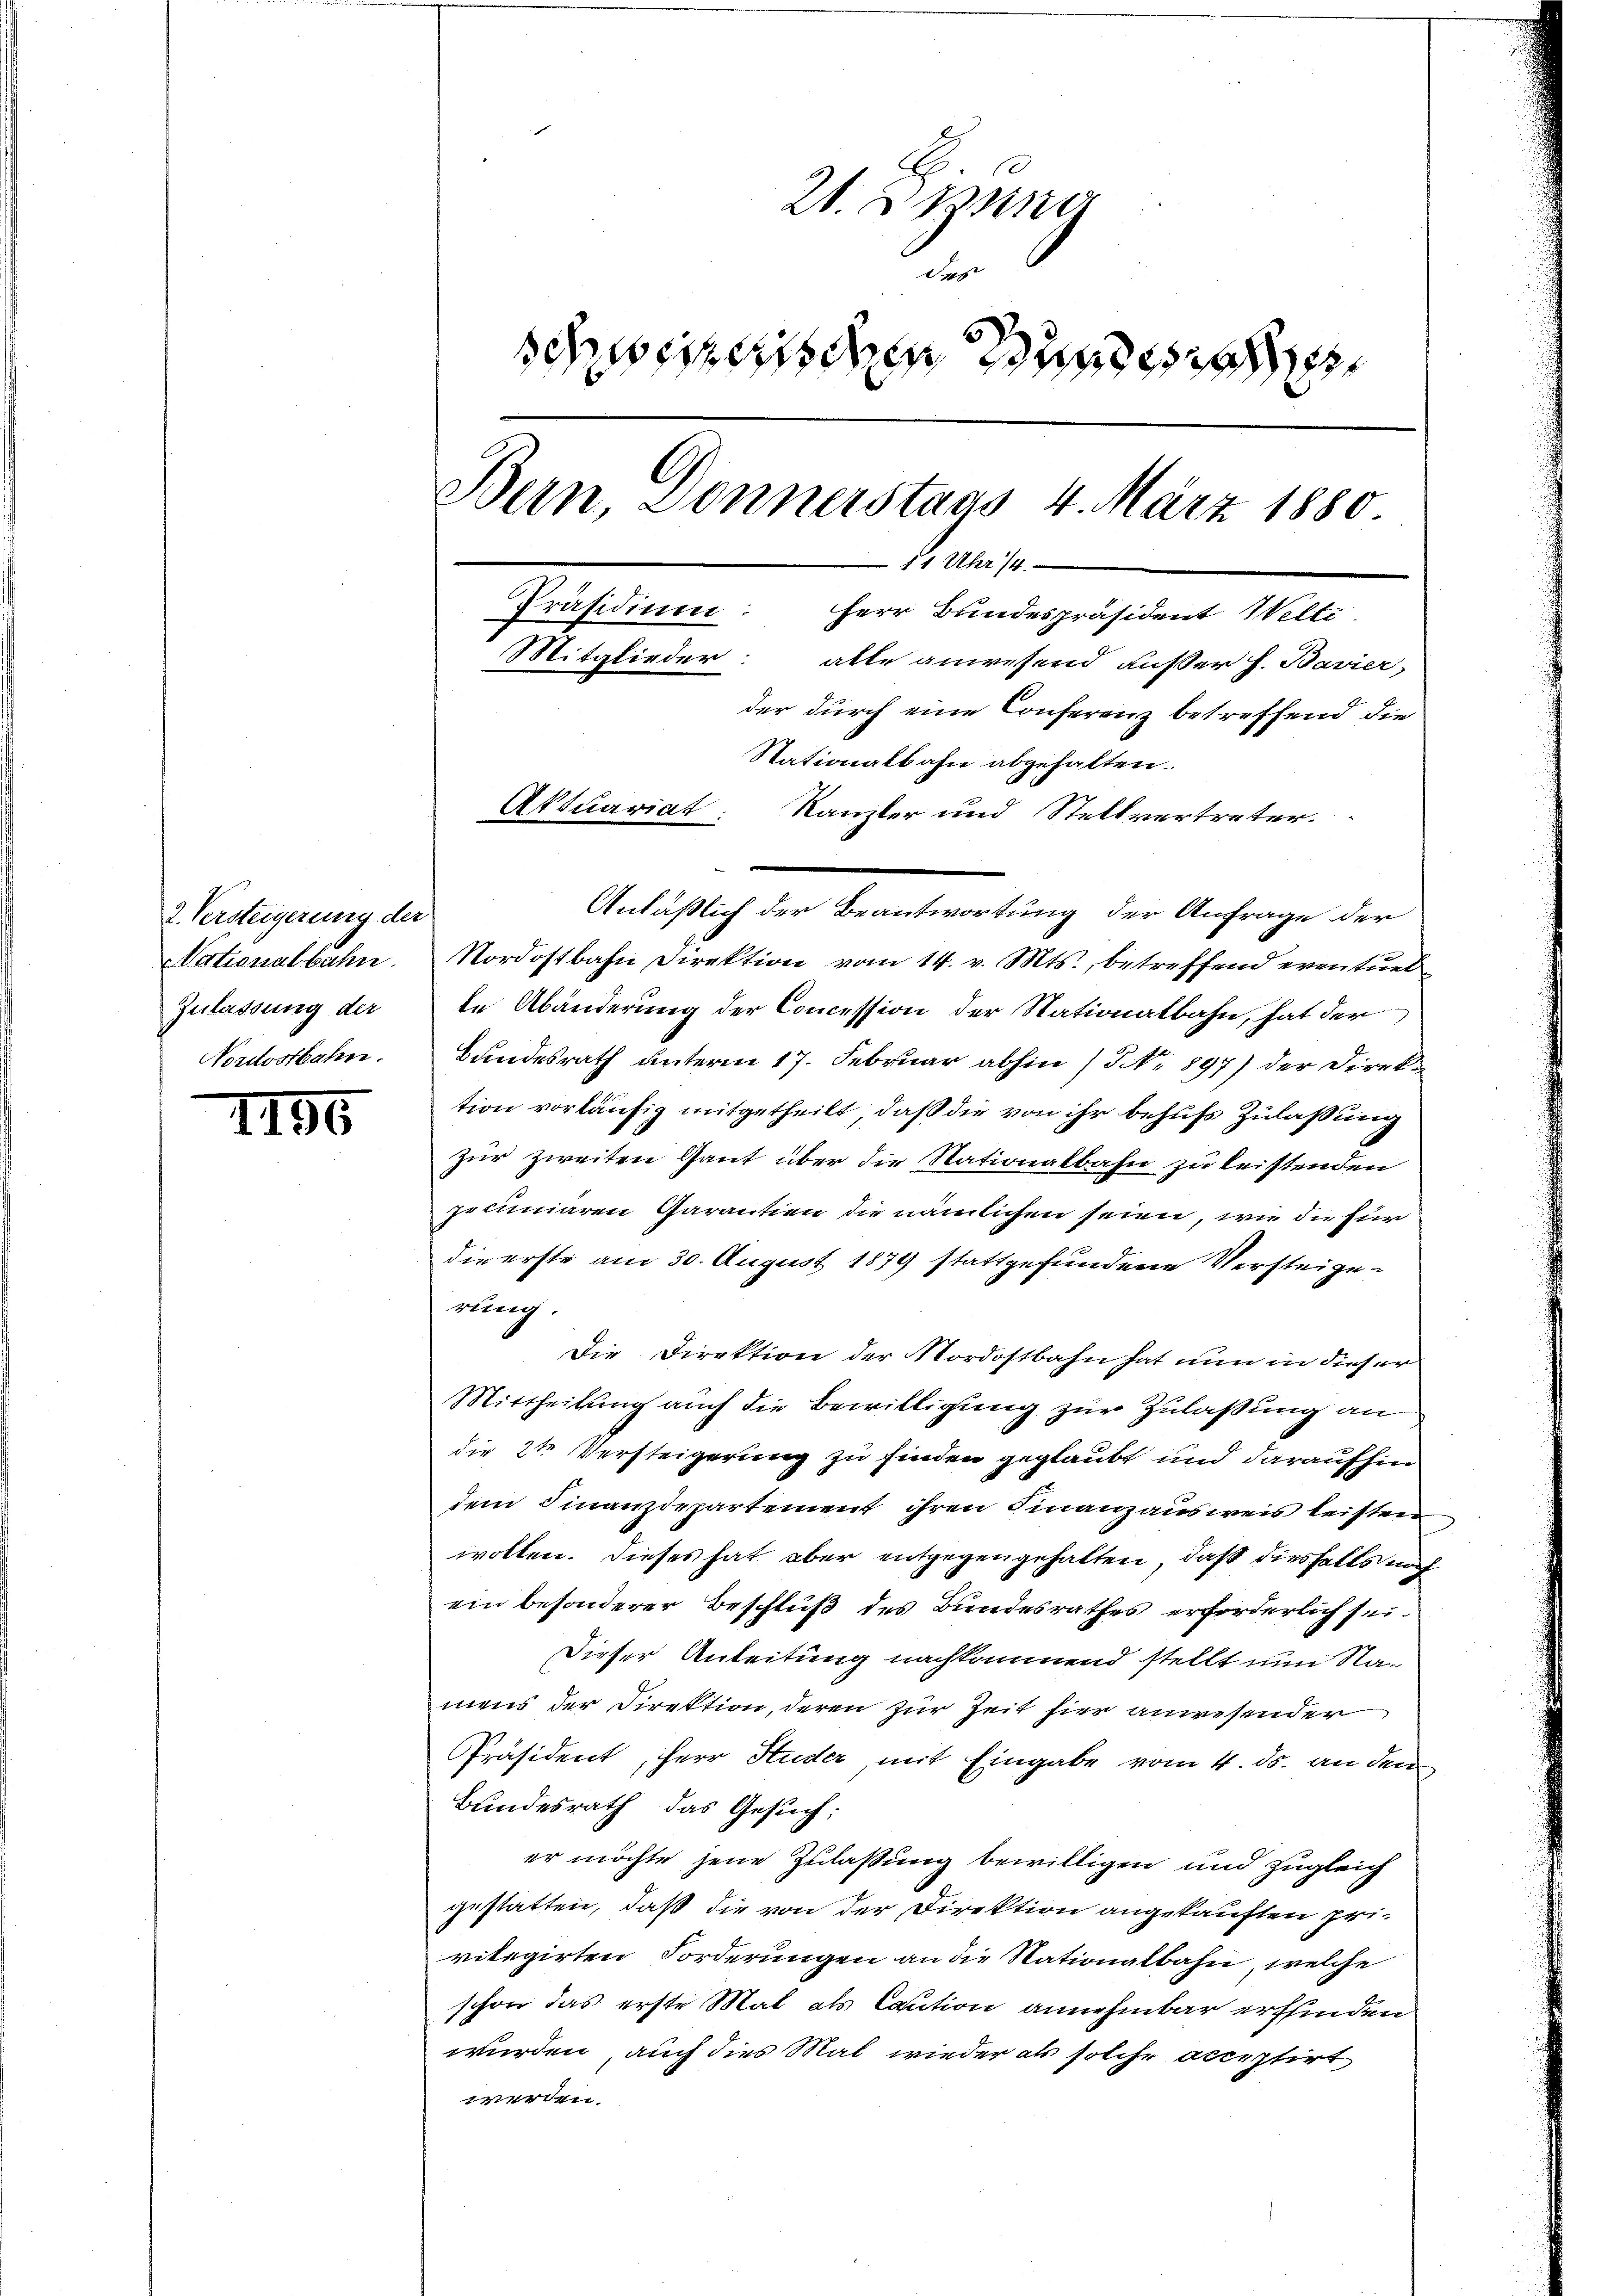
2. Versteigerung der
Nationalbahn.
Zulassung der
Nordostbahn.

II55

21. Jung
des
sches eines den Bundesra
Bern, Donnerstags 4. März 1880.
 11 Uhr 14.
Präsidium: Herr Bundespräsident Welti.
Mitglieder: alle anwesend ausser h. Bavier,
der durch eine Conferenz betreffend die
Stationalbahn abgehalten.
Aktuariat: Kanzler und Stellvertreter.

Anläßlich der Beantwortung der Anfrage der
Nordostbahn Direktion vom 14. v. Mts., betreffend eventuel
te Abänderung der Concession der Stationalbahn, hat der
Bundesrath unterm 17. Februar abhin 13 No 897) der Direktion vorläufig mitgetheilt, daß die von ihr behufs Zulaßung
zur zweiten Gant über die Stationalbahn zu leistenden
pecuniaren Garantien die nämlichen seien, wie die für
die erste am 30. August 1879 stattgefundene Versteigerung.
Die Direktion der Nordostbahn hat nun in dieser
Mittheilung auch die Bewilligung zur Zulaßung an
die 2te Versteigerung zu finden geglaubt und daraufhin
dem Finanzdepartement ihren Finanzausweis leisten
wollen. Dieses hat aber entgegengehalten, daß diesfalls nach
ein besonderer Beschluß des Bundesrathes erforderlich sei.
Dieser Anleitung nachkommend stellt nun Namens der Direktion, deren zur Zeit hier anwesender
Präsident, Herr Studer, mit Eingabe vom 4. ds. an dem
Bundesrath das Gesuch:
er möchte jene Zulassung bewilligen und zugleich
gestatten, daß die von der Direktion angekauften privikegirten Forderungen an die Stationalbahn, welche
schon das erste Mal als Caution annehmbar erfinden
wurden, auch dies Mal wieder als solche acceptirt
werden.